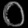
Digit: ၀